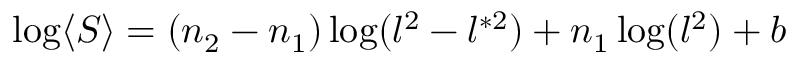
\begin{array} { r } { \log \langle S \rangle = ( n _ { 2 } - n _ { 1 } ) \log ( l ^ { 2 } - l ^ { * 2 } ) + n _ { 1 } \log ( l ^ { 2 } ) + b } \end{array}